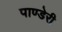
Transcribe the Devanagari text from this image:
पाण्डेरी